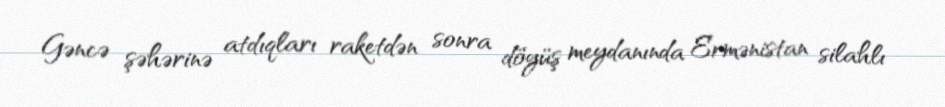
Gəncə şəhərinə atdıqları raketdən sonra döyüş meydanında Ermənistan silahlı